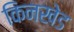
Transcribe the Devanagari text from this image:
किनखेड